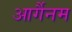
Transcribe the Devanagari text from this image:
आर्गैनम